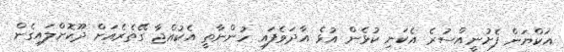
އަކްޔަން ފެށުނީއްސުރެ އެކަނި ކުޅެން އުޅެ އާދަވެފައި ހުންނާތީ އެކުއްޖާ ގޭތެރެއަށް ދޫކޮށްލައިގެން